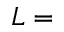
L =